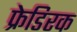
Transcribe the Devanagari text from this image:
फ्रेडिरक